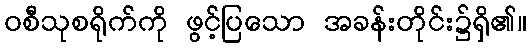
ဝစီသုစရိုက်ကို ဖွင့်ပြသော အခန်းတိုင်း၌ရှိ၏။